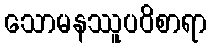
သောမနဿူပဝိစာရာ